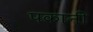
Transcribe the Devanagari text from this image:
पकानी